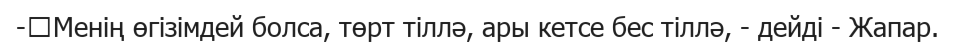
-	Менің өгізімдей болса, төрт тіллә, ары кетсе бес тіллә, - дейді - Жапар.